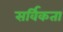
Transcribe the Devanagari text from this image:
सर्विकता